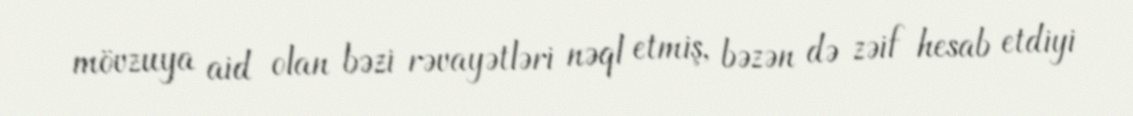
mövzuya aid olan bəzi rəvayətləri nəql etmiş, bəzən də zəif hesab etdiyi